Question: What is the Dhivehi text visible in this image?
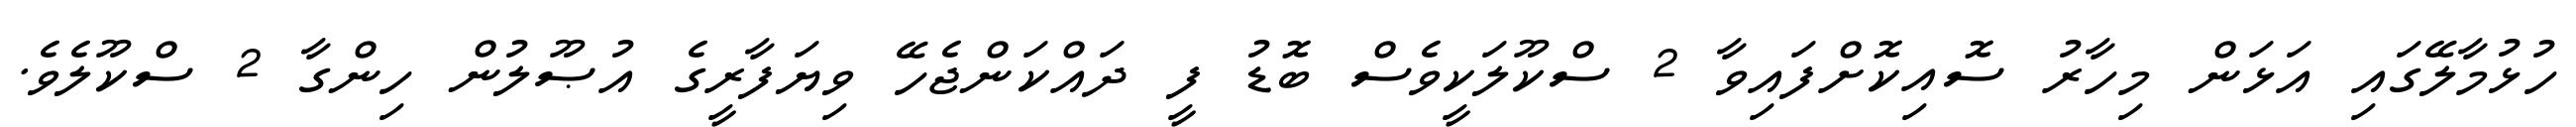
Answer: ހުޅުމާލޭގައި އަޅަން މިހާރު ސޮއިކޮށްފައިވާ 2 ސްކޫލަކީވެސް ބޮޑު ފީ ދައްކަންޖެހޭ ވިޔަފާރީގެ އުޞޫލުން ހިންގާ 2 ސްކޫލެވެ.